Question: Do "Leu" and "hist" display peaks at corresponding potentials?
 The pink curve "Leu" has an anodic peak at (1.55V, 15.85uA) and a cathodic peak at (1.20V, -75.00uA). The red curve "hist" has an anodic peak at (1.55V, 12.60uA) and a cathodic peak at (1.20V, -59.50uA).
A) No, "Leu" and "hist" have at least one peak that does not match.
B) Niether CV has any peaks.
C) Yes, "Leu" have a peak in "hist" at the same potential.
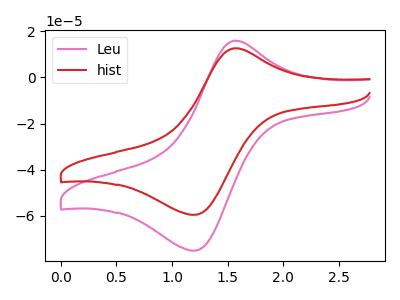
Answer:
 <answer>C) Yes, "Leu" have a peak in "hist" at the same potential.</answer>
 <eval>C</eval>